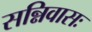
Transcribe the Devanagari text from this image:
सन्निवासः